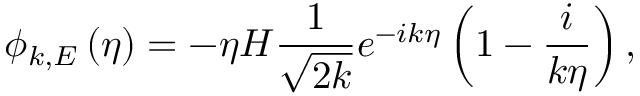
\phi _ { k , E } \left( \eta \right) = - \eta H \frac { 1 } { \sqrt { 2 k } } e ^ { - i k \eta } \left( 1 - \frac { i } { k \eta } \right) ,